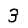
Digit: 3